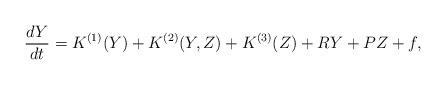
LaTeX: \begin{align*} \frac{dY}{dt}= { K}^{(1)} (Y) + { K}^{(2)} (Y, Z) + { K}^{(3)}(Z) + { R} Y + { P} Z + f,\end{align*}